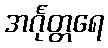
အင်္ဂုတ္တရေ